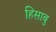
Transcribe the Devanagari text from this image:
हिसाबु